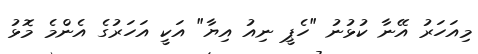
މިއަހަރު އޭނާ ކުޅުނު "ހެޕީ ނިއު އިޔާ" އަކީ އަހަރުގެ އެންމެ މޮޅު